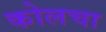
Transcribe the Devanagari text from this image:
कोलचा